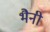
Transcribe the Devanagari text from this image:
भैनी